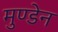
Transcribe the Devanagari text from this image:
मुण्‍डेन